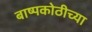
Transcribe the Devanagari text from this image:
बाष्पकोठीच्या